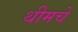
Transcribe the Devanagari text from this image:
थीमचे